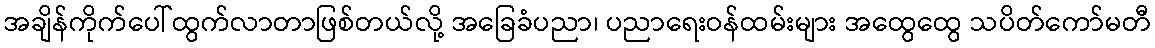
အချိန်ကိုက်ပေါ်ထွက်လာတာဖြစ်တယ်လို့ အခြေခံပညာ၊ ပညာရေးဝန်ထမ်းများ အထွေထွေ သပိတ်ကော်မတီ